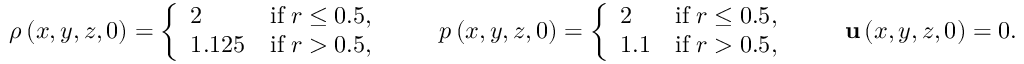
\rho \left( x , y , z , 0 \right) = \left\lbrace \begin{array} { l r } { 2 } & { \mathrm { i f } \; r \le 0 . 5 , } \\ { 1 . 1 2 5 } & { \mathrm { i f } \; r > 0 . 5 , } \end{array} \right. \qquad p \left( x , y , z , 0 \right) = \left\lbrace \begin{array} { l r } { 2 } & { \mathrm { i f } \; r \le 0 . 5 , } \\ { 1 . 1 } & { \mathrm { i f } \; r > 0 . 5 , } \end{array} \right. \qquad \mathbf { u } \left( x , y , z , 0 \right) = 0 .